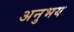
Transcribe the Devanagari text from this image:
अनुभय